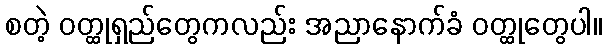
စတဲ့ ဝတ္ထုရှည်တွေကလည်း အညာနောက်ခံ ဝတ္ထုတွေပါ။